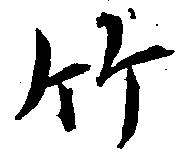
竹